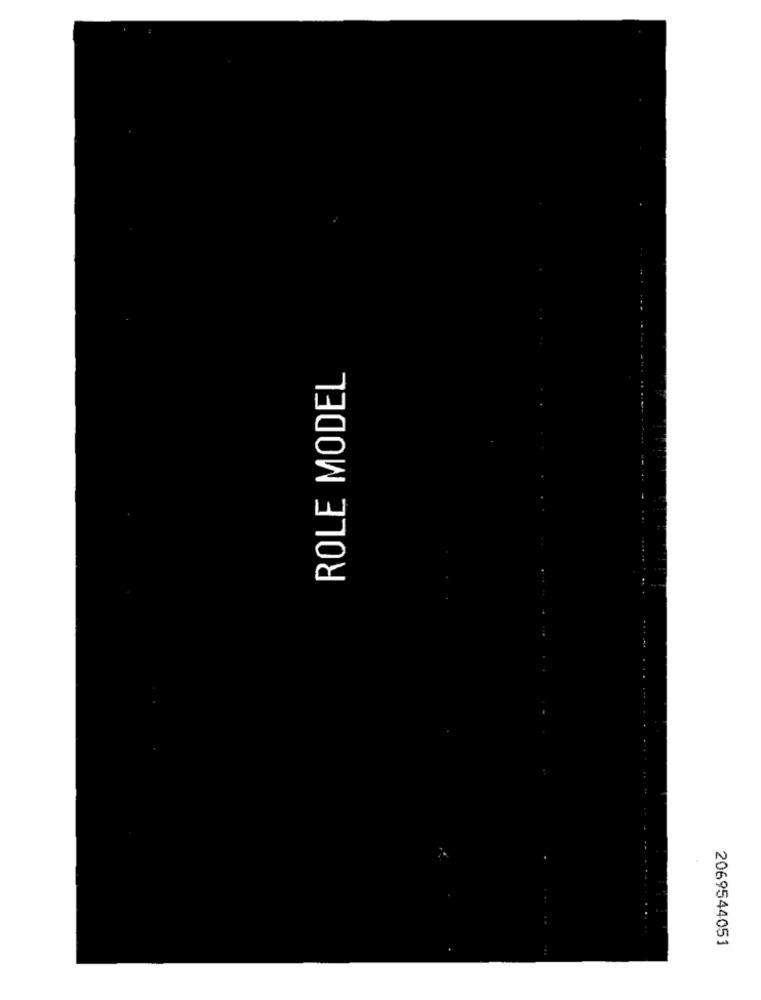
ROLE MODEL
2069544051